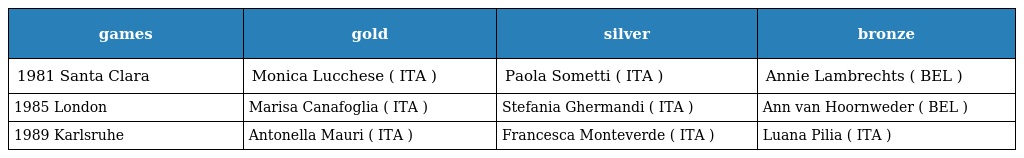
| games | gold | silver | bronze |
 | --- | --- | --- | --- |
 | 1981 Santa Clara | Monica Lucchese ( ITA ) | Paola Sometti ( ITA ) | Annie Lambrechts ( BEL ) |
 | 1985 London | Marisa Canafoglia ( ITA ) | Stefania Ghermandi ( ITA ) | Ann van Hoornweder ( BEL ) |
 | 1989 Karlsruhe | Antonella Mauri ( ITA ) | Francesca Monteverde ( ITA ) | Luana Pilia ( ITA ) |